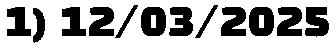
1) 12/03/2025